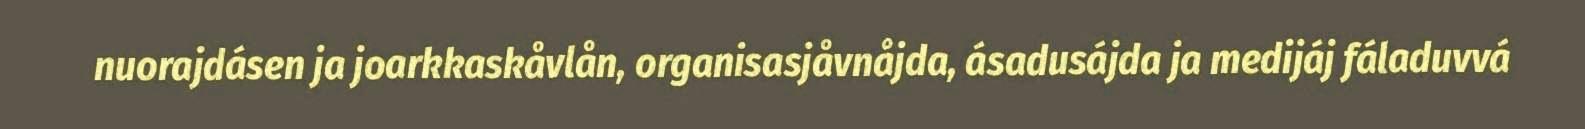
nuorajdásen ja joarkkaskåvlån, organisasjåvnåjda, ásadusájda ja medijáj fáladuvvá